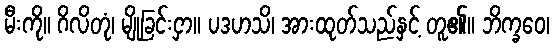
မီးကို။ ဂိလိတုံ၊ မျိုခြင်းငှာ။ ပဒဟသိ၊ အားထုတ်သည်နှင့် တူ၏။ ဘိက္ခဝေ၊